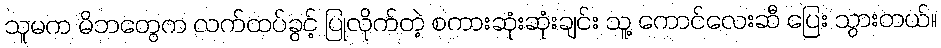
သူမက မိဘတွေက လက်ထပ်ခွင့် ပြုလိုက်တဲ့ စကားဆုံးဆုံးချင်း သူ့ ကောင်လေးဆီ ပြေး သွားတယ်။